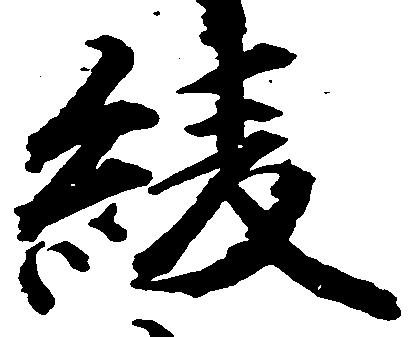
綾